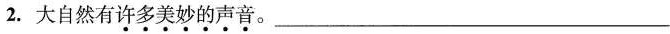
2.大自然有许多美妙的声音。___